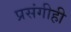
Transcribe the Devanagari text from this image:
प्रसंगीही